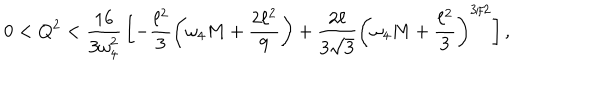
0 < Q ^ { 2 } < \frac { 1 6 } { 3 \omega _ { 4 } ^ { 2 } } \, \biggl [ - \frac { \ell ^ { 2 } } { 3 } \left( \omega _ { 4 } M + \frac { 2 \ell ^ { 2 } } { 9 } \right) + \frac { 2 \ell } { 3 \sqrt { 3 } } \left( \omega _ { 4 } M + \frac { \ell ^ { 2 } } { 3 } \right) ^ { 3 / 2 } \biggr ] \, ,